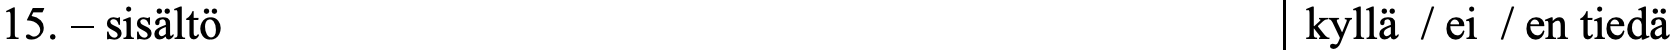
15. – sisältö                              kyllä / ei / en tiedä